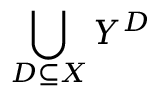
\bigcup _ { D \subseteq { X } } Y ^ { D }